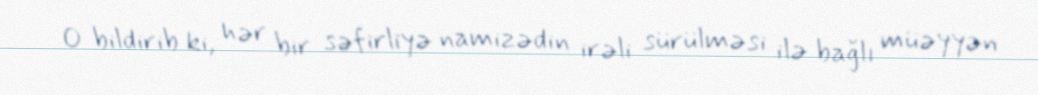
O bildirib ki, hər bir səfirliyə namizədin irəli sürülməsi ilə bağlı müəyyən